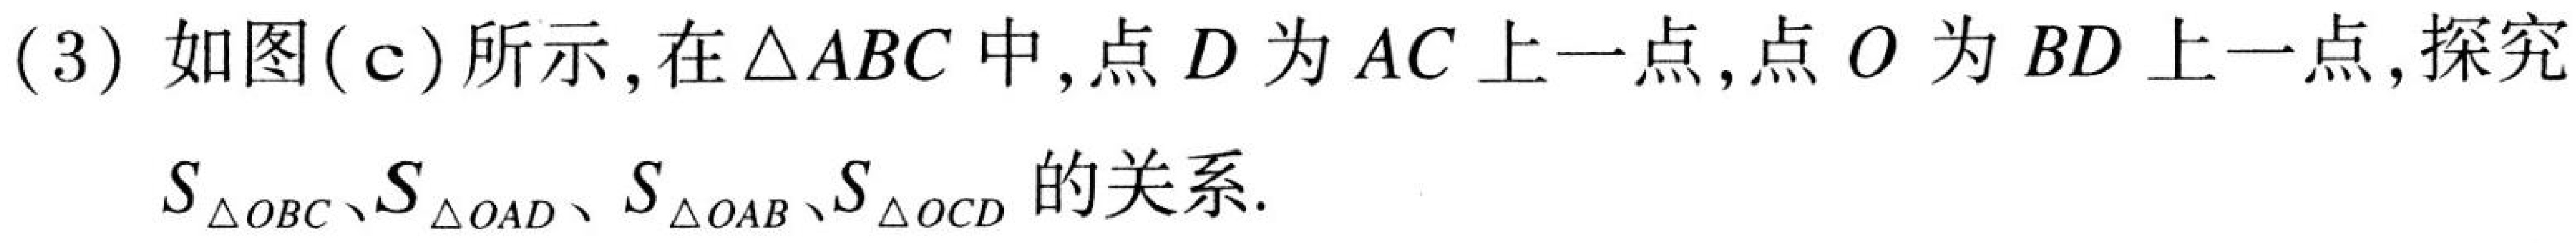
(3) 如图(c)所示, 在$\triangle ABC$中, 点$D$为$AC$上一点, 点$O$为$BD$上一点, 探究
$S_{\triangle OBC}、S_{\triangle OAD}、S_{\triangle OAB}、S_{\triangle OCD}$的关系.